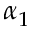
\alpha _ { 1 }